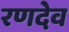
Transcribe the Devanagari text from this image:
रणदेव